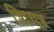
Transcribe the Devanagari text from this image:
शिगर